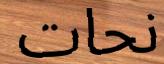
نحات